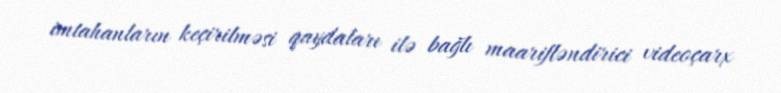
imtahanların keçirilməsi qaydaları ilə bağlı maarifləndirici videoçarx